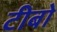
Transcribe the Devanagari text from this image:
टीबो